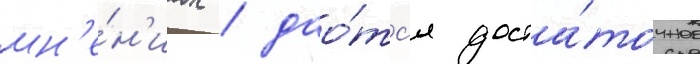
мн'е́н'иах / дао́тс'я доста́точное